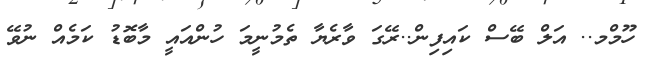
ހޫމްމ.. އަލް ބޭސް ކައިފިން..ރޭގަ ވާރެޔާ ތެމުނީމަ ހުންއައީ މާބޮޑު ކަމެއް ނުވޭ